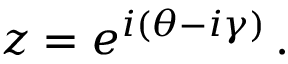
z = e ^ { i ( \theta - i \gamma ) } \, .